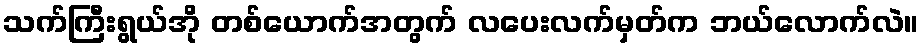
သက်ကြီးရွယ်အို တစ်ယောက်အတွက် လပေးလက်မှတ်က ဘယ်လောက်လဲ။